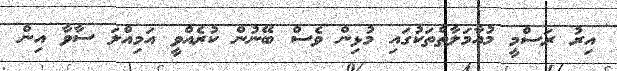
އިރު ރަސްމީ މުއާމަލާތްތަކުގައި މުޅިން ވެސް ބޭނުން ކުރެއްވީ އަމިއްލަ ސާވާ އިން